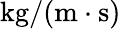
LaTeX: \mathrm{kg/(m\cdot s)}